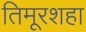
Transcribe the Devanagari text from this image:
तिमूरशहा